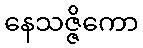
နေသဇ္ဇိကော